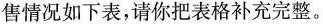
售情况如下表，请你把表格补充完整。